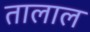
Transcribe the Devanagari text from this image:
तालाल